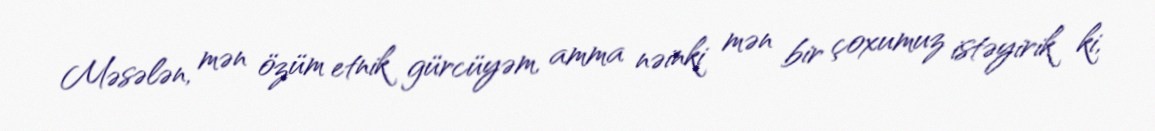
Məsələn, mən özüm etnik gürcüyəm, amma nəinki mən bir çoxumuz istəyirik ki,